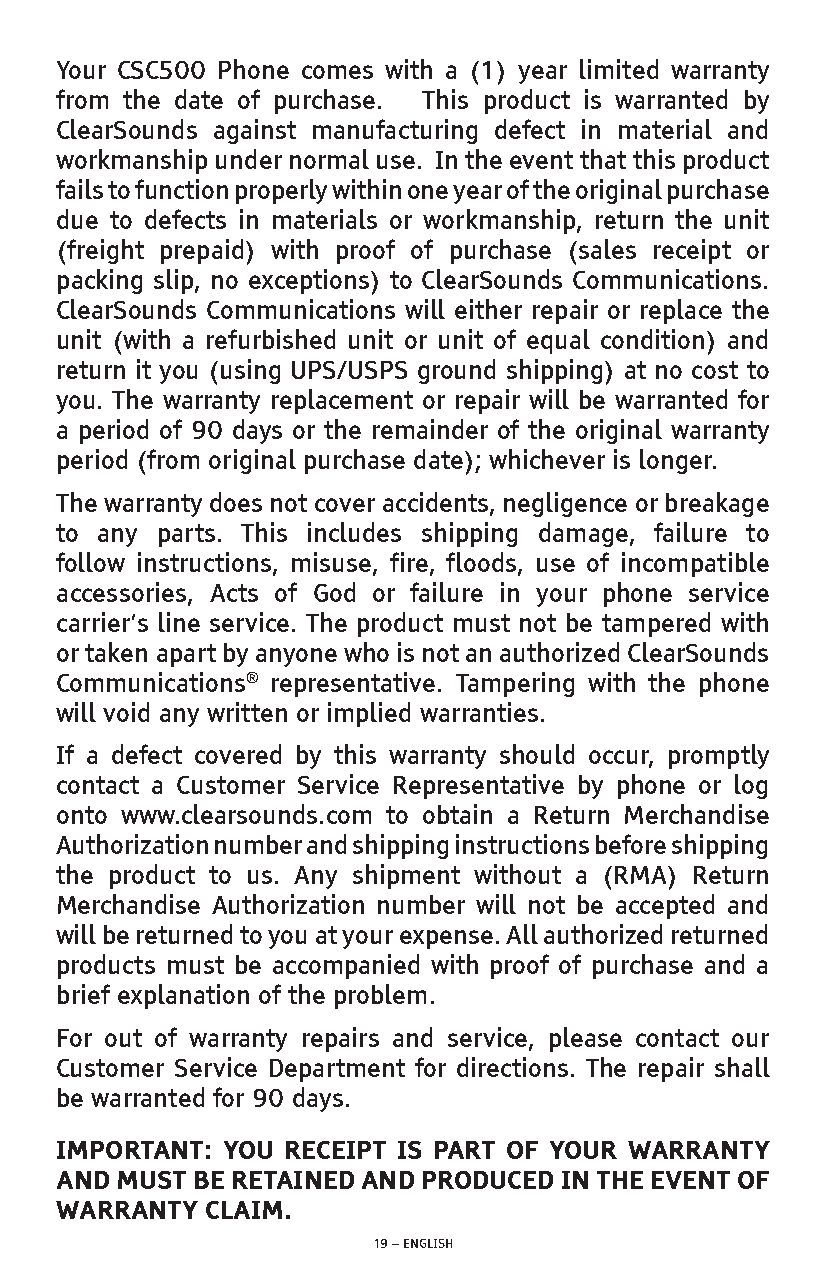
Your CSC500 Phone comes with a (1) year limited warranty
 from the date of purchase. This product is warranted by
 ClearSounds against manufacturing defect in material and
 workmanship under normal use. In the event that this product
 fails to function properly within one year of the original purchase
 due to defects in materials or workmanship, return the unit
 (freight prepaid) with proof of purchase (sales receipt or
 packing slip, no exceptions) to ClearSounds Communications.
 ClearSounds Communications will either repair or replace the
 unit (with a refurbished unit or unit of equal condition) and
 return it you (using UPS/USPS ground shipping) at no cost to
 you. The warranty replacement or repair will be warranted for
 a period of 90 days or the remainder of the original warranty
 period (from original purchase date); whichever is longer.
 The warranty does not cover accidents, negligence or breakage
 to any parts. This includes shipping damage, failure to
 follow instructions, misuse, fire, floods, use of incompatible
 accessories, Acts of God or failure in your phone service
 carrier’s line service. The product must not be tampered with
 or taken apart by anyone who is not an authorized ClearSounds
 Communications® representative. Tampering with the phone
 will void any written or implied warranties.
 If a defect covered by this warranty should occur, promptly
 contact a Customer Service Representative by phone or log
 onto www.clearsounds.com to obtain a Return Merchandise
 Authorization number and shipping instructions before shipping
 the product to us. Any shipment without a (RMA) Return
 Merchandise Authorization number will not be accepted and
 will be returned to you at your expense. All authorized returned
 products must be accompanied with proof of purchase and a
 brief explanation of the problem.
 For out of warranty repairs and service, please contact our
 Customer Service Department for directions. The repair shall
 be warranted for 90 days.
 IMPORTANT: YOU RECEIPT IS PART OF YOUR WARRANTY
 AND MUST BE RETAINED AND PRODUCED IN THE EVENT OF
 WARRANTY  CLAIM.
 19 – ENGLISH